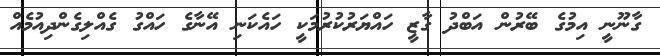
ގާނޫނީ އިމުގެ ބޭރުން އަބްދު ގާޒީ ހައްޔަރުކުރުމަކީ ހައެކަނި އޭނާގެ ހައްގު ގެއްލިގެންދިއުމެއް